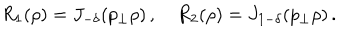
R _ { 1 } ( \rho ) = J _ { - \delta } ( p _ { \perp } \rho ) \, , \quad R _ { 2 } ( \rho ) = J _ { 1 - \delta } ( p _ { \perp } \rho ) \, .